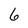
Character: 6